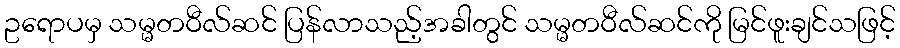
ဥရောပမှ သမ္မတဝီလ်ဆင် ပြန်လာသည့်အခါတွင် သမ္မတဝီလ်ဆင်ကို မြင်ဖူးချင်သဖြင့်